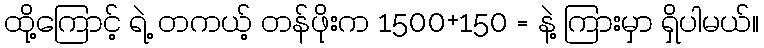
ထို့ကြောင့် ရဲ့ တကယ့် တန်ဖိုးက 1500+150 = နဲ့ ကြားမှာ ရှိပါမယ်။